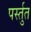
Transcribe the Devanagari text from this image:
पर्स्तुत